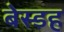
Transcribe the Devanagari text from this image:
बेस्डह